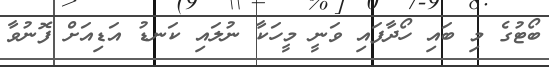
ބޯޓުގެ މި ބައި ހޯދާފައި ވަނީ މީހަކާ ނުލައި ކަނޑު އަޑިއަށް ފޮނުވާ